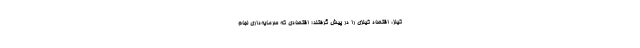
کِینز، اقتصاد کینزی را در پیش گرفتند؛ اقتصادی که سرمایه‌داری لجام